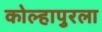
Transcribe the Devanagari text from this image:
कोल्हापुरला